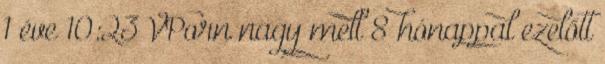
1 éve 10:23 VPorn nagy mell 8 hónappal ezelőtt